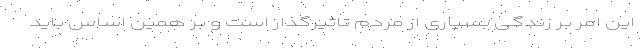
این امر بر زندگی بسیاری از مردم تاثیرگذار است و بر همین اساس باید